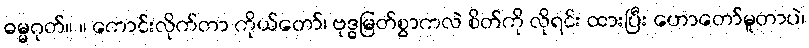
ဓမ္မဂုတ်။ ။ ကောင်းလိုက်တာ ကိုယ်တော်၊ ဗုဒ္ဓမြတ်စွာကလဲ စိတ်ကို လိုရင်း ထားပြီး ဟောတော်မူတာပဲ၊